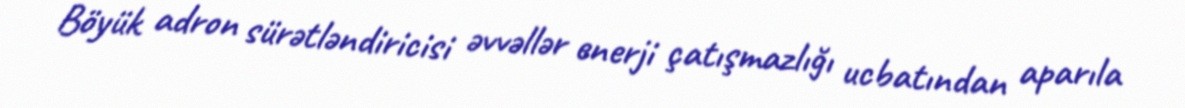
Böyük adron sürətləndiricisi əvvəllər enerji çatışmazlığı ucbatından aparıla